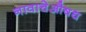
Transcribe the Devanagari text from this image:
नावाचेऔषध